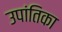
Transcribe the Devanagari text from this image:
उपांतिका